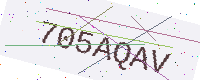
Text: 705AQAV